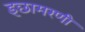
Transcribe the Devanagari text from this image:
इछामरणी